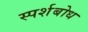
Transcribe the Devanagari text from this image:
स्पर्शबोध